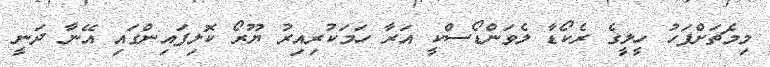
މިމެޗަށްފަހު ހީލީގެ ރެކޯޑާ ލެވަންޑޯސްކީ އަރާ ހަމަކުރިއިރު ޔޫރޯ ކޮލިފައިންގައި އޭނާ ދަނީ